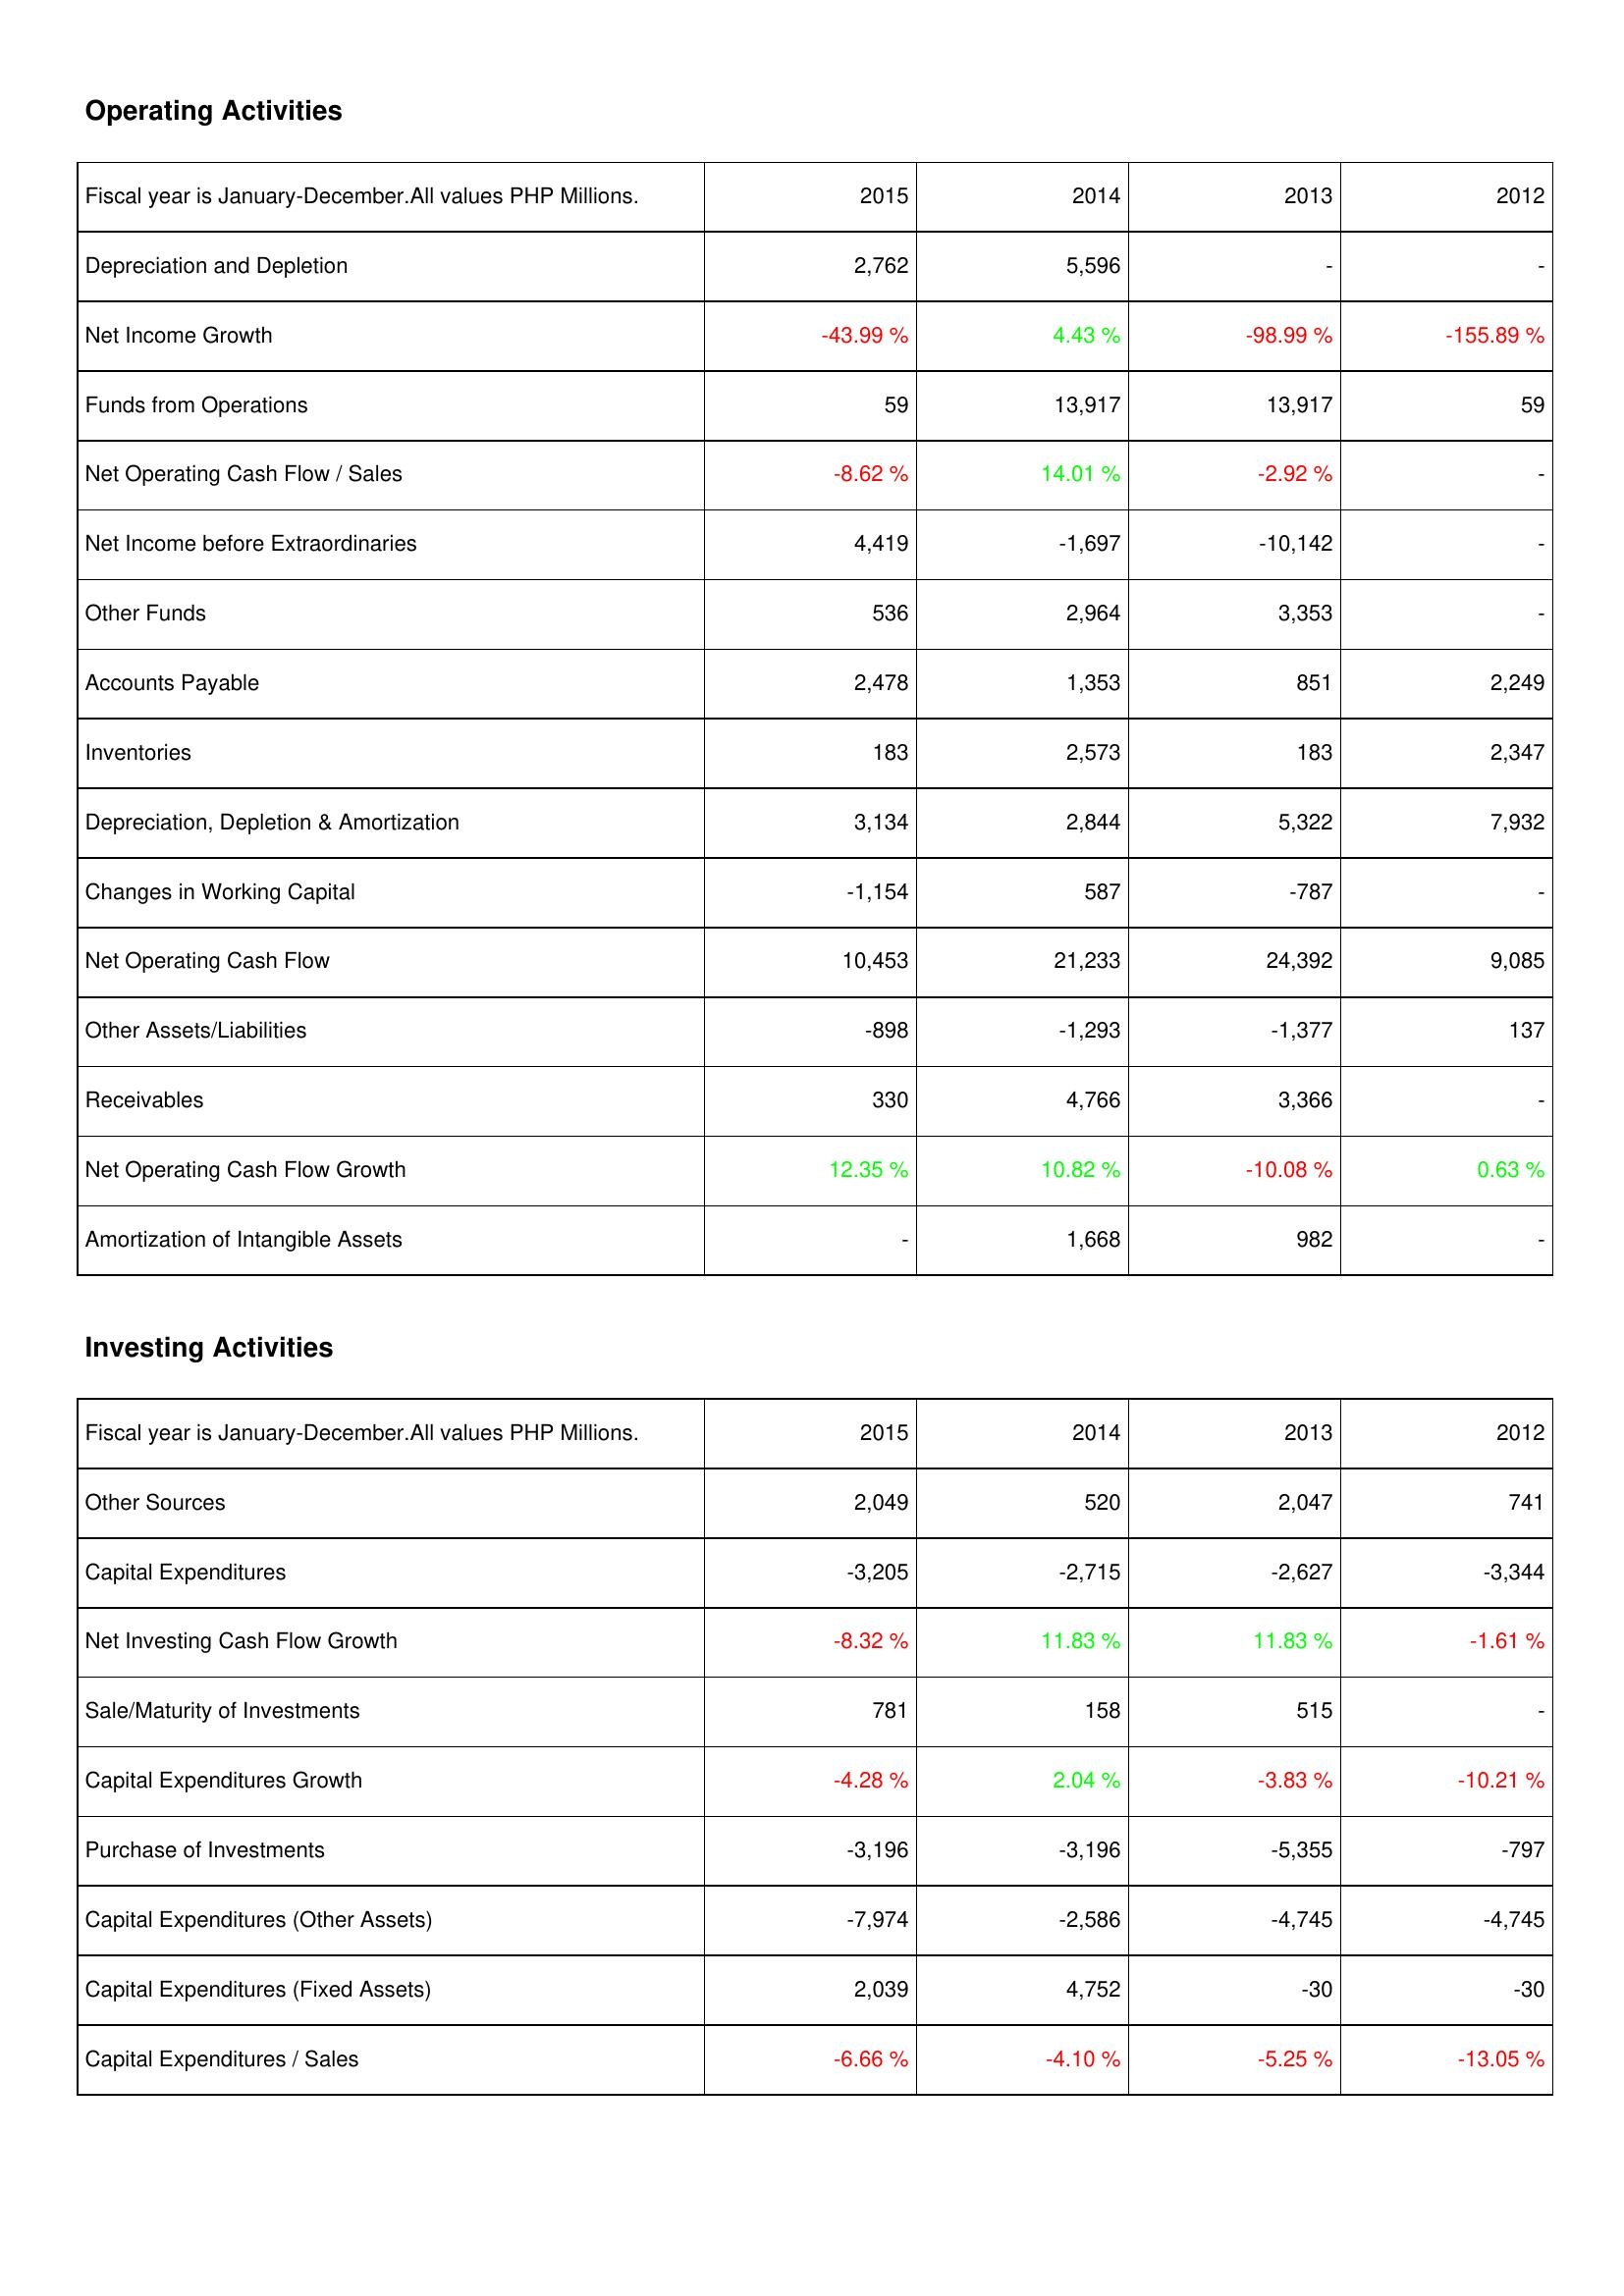
2015: Operating Activities: Depreciation and Depletion: 2,762
Net Income Growth: -43.99 %
Funds from Operations: 59
Net Operating Cash Flow / Sales: -8.62 %
Net Income before Extraordinaries: 4,419
Other Funds: 536
Accounts Payable: 2,478
Inventories: 183
Depreciation, Depletion & Amortization: 3,134
Changes in Working Capital: -1,154
Net Operating Cash Flow: 10,453
Other Assets/Liabilities: -898
Receivables: 330
Net Operating Cash Flow Growth: 12.35 %
Amortization of Intangible Assets: -
Investing Activities: Other Sources: 2,049
Capital Expenditures: -3,205
Net Investing Cash Flow Growth: -8.32 %
Sale/Maturity of Investments: 781
Capital Expenditures Growth: -4.28 %
Purchase of Investments: -3,196
Capital Expenditures (Other Assets): -7,974
Capital Expenditures (Fixed Assets): 2,039
Capital Expenditures / Sales: -6.66 %
2014: Operating Activities: Depreciation and Depletion: 5,596
Net Income Growth: 4.43 %
Funds from Operations: 13,917
Net Operating Cash Flow / Sales: 14.01 %
Net Income before Extraordinaries: -1,697
Other Funds: 2,964
Accounts Payable: 1,353
Inventories: 2,573
Depreciation, Depletion & Amortization: 2,844
Changes in Working Capital: 587
Net Operating Cash Flow: 21,233
Other Assets/Liabilities: -1,293
Receivables: 4,766
Net Operating Cash Flow Growth: 10.82 %
Amortization of Intangible Assets: 1,668
Investing Activities: Other Sources: 520
Capital Expenditures: -2,715
Net Investing Cash Flow Growth: 11.83 %
Sale/Maturity of Investments: 158
Capital Expenditures Growth: 2.04 %
Purchase of Investments: -3,196
Capital Expenditures (Other Assets): -2,586
Capital Expenditures (Fixed Assets): 4,752
Capital Expenditures / Sales: -4.10 %
2013: Operating Activities: Depreciation and Depletion: -
Net Income Growth: -98.99 %
Funds from Operations: 13,917
Net Operating Cash Flow / Sales: -2.92 %
Net Income before Extraordinaries: -10,142
Other Funds: 3,353
Accounts Payable: 851
Inventories: 183
Depreciation, Depletion & Amortization: 5,322
Changes in Working Capital: -787
Net Operating Cash Flow: 24,392
Other Assets/Liabilities: -1,377
Receivables: 3,366
Net Operating Cash Flow Growth: -10.08 %
Amortization of Intangible Assets: 982
Investing Activities: Other Sources: 2,047
Capital Expenditures: -2,627
Net Investing Cash Flow Growth: 11.83 %
Sale/Maturity of Investments: 515
Capital Expenditures Growth: -3.83 %
Purchase of Investments: -5,355
Capital Expenditures (Other Assets): -4,745
Capital Expenditures (Fixed Assets): -30
Capital Expenditures / Sales: -5.25 %
2012: Operating Activities: Depreciation and Depletion: -
Net Income Growth: -155.89 %
Funds from Operations: 59
Net Operating Cash Flow / Sales: -
Net Income before Extraordinaries: -
Other Funds: -
Accounts Payable: 2,249
Inventories: 2,347
Depreciation, Depletion & Amortization: 7,932
Changes in Working Capital: -
Net Operating Cash Flow: 9,085
Other Assets/Liabilities: 137
Receivables: -
Net Operating Cash Flow Growth: 0.63 %
Amortization of Intangible Assets: -
Investing Activities: Other Sources: 741
Capital Expenditures: -3,344
Net Investing Cash Flow Growth: -1.61 %
Sale/Maturity of Investments: -
Capital Expenditures Growth: -10.21 %
Purchase of Investments: -797
Capital Expenditures (Other Assets): -4,745
Capital Expenditures (Fixed Assets): -30
Capital Expenditures / Sales: -13.05 %